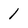
Character: 1